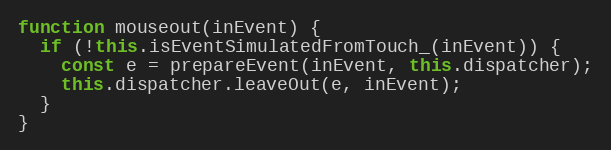
Language: JavaScript
function mouseout(inEvent) {
  if (!this.isEventSimulatedFromTouch_(inEvent)) {
    const e = prepareEvent(inEvent, this.dispatcher);
    this.dispatcher.leaveOut(e, inEvent);
  }
}